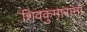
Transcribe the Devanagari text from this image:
शिवकुमारांना